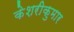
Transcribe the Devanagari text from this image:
केशरीकुमार